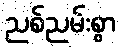
ညစ်ညမ်းစွာ